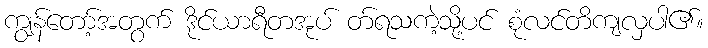
ကျွန်တော့်အတွက် ဒိုင်ယာရီတအုပ် တ်ရသကဲ့သို့ပင် စုံလင်တိကျလှပါ၏။